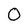
Character: O